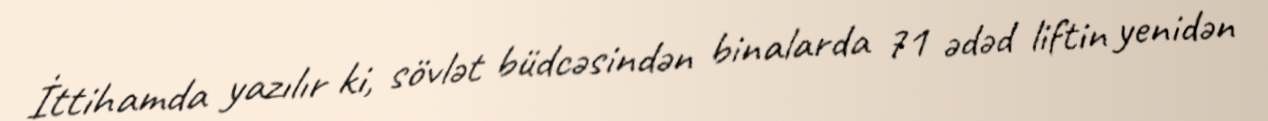
İttihamda yazılır ki, sövlət büdcəsindən binalarda 71 ədəd liftin yenidən